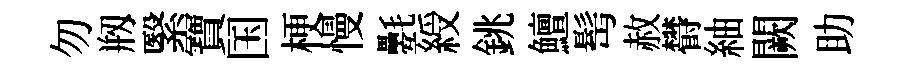
勿剏繄寶国梗慢氎綬銚鱣髩赦欎紬闕助